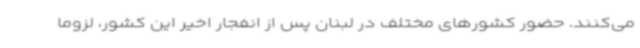
می‌کنند. حضور کشورهای مختلف در لبنان پس از انفجار اخیر این کشور، لزوما